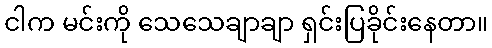
ငါက မင်းကို သေသေချာချာ ရှင်းပြခိုင်းနေတာ။